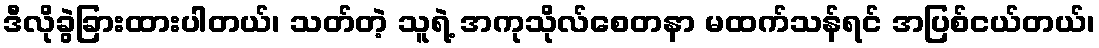
ဒီလိုခွဲခြားထားပါတယ်၊ သတ်တဲ့ သူရဲ့ အကုသိုလ်စေတနာ မထက်သန်ရင် အပြစ်ငယ်တယ်၊